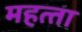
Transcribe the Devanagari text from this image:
महत्‍ता